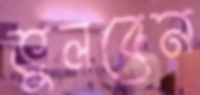
ভুলবেন